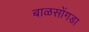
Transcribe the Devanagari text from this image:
बाळसोंगडा